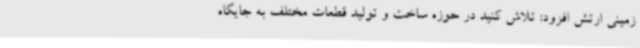
زمینی ارتش افزود: تلاش کنید در حوزه ساخت و تولید قطعات مختلف به جایگاه